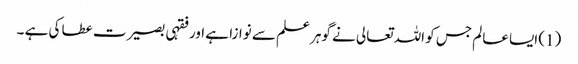
(1) ایسا عالم جس کو اللہ تعالی نے گوہر علم سے نوازا ہے اور فقہی بصیرت عطا کی ہے ۔